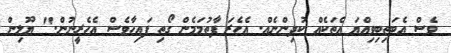
ވެސް އެބަތިބިވިއްޔަ އެތަކެއް ކުދިންނެއް. އެހެރަ ފާތުމަމެން ގޯތި ފައިހާވެސް އެހެރީނުން." ޔޫލިން